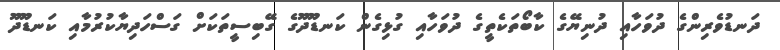
ދަނޑުވެރިންގެ ދުވަހާއި ދުނިޔޭގެ ކާބޯތަކެތީގެ ދުވަހާއި ގުޅިގެން ކަނޑޫދޫގެ ގޭބިސީތަކަށް ގަސްހަދިޔާކުރުމާއި ކަނޑޫދޫ